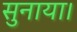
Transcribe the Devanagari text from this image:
सुनाया।